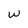
Character: w